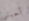
أحبني